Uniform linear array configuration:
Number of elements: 48
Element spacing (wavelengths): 0.75
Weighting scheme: hann
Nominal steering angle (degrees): -30
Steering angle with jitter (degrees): -30.808
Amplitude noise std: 0.05
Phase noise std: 0.05

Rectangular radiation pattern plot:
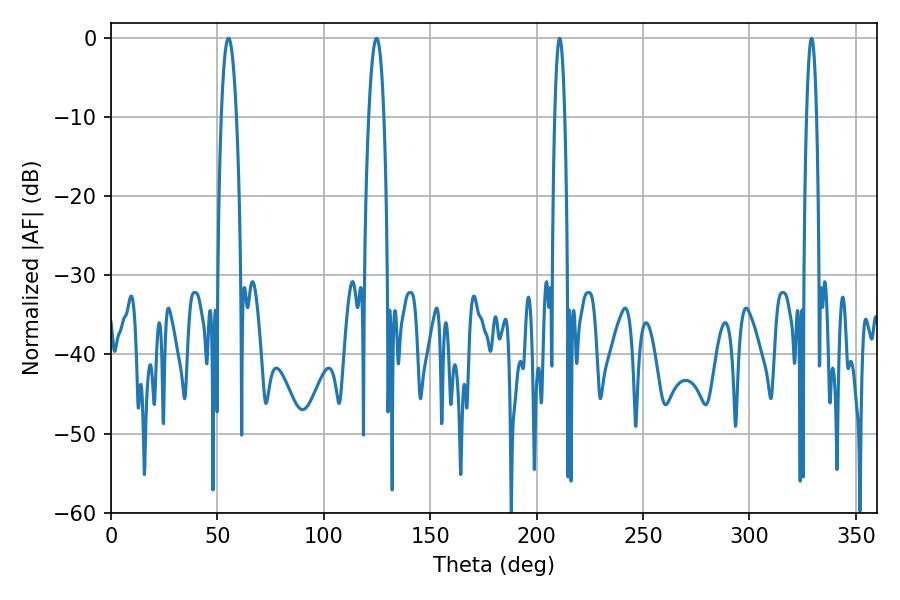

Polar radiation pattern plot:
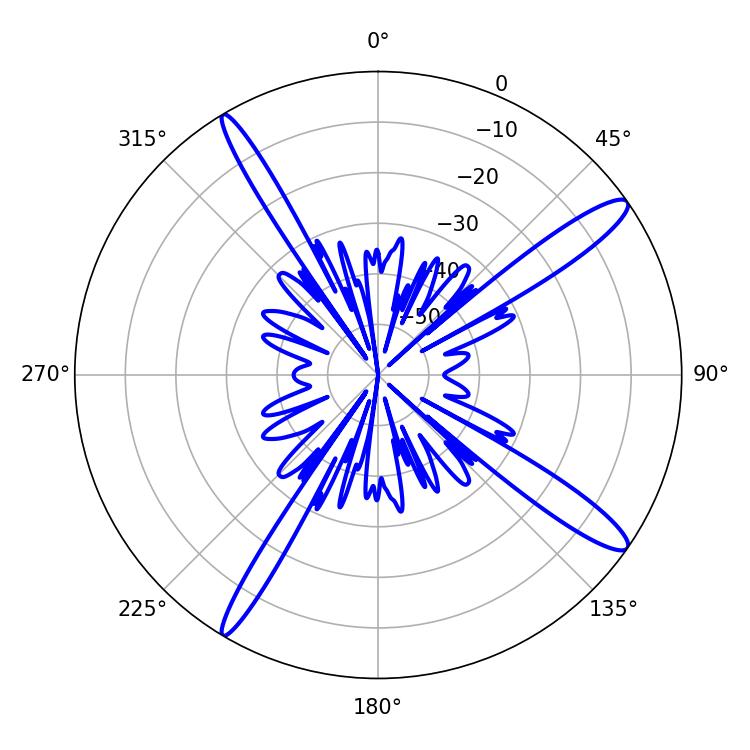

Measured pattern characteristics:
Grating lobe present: TRUE
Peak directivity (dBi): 14.44
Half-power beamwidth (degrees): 2.52
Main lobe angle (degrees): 210.78